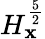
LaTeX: H_{\mathbf{x}}^{\frac{{5}}{{2}}}